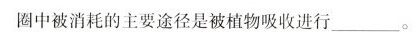
圈中被消耗的主要途径是被植物吸收进行___。